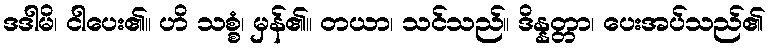
ဒဒါမိ၊ ငါပေး၏။ ဟိ သစ္စံ၊ မှန်၏။ တယာ၊ သင်သည်။ ဒိန္နတ္တာ၊ ပေးအပ်သည်၏